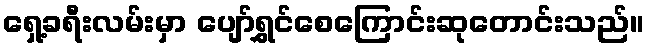
ရှေ့ခရီးလမ်းမှာ ပျော်ရွှင်စေကြောင်းဆုတောင်းသည်။